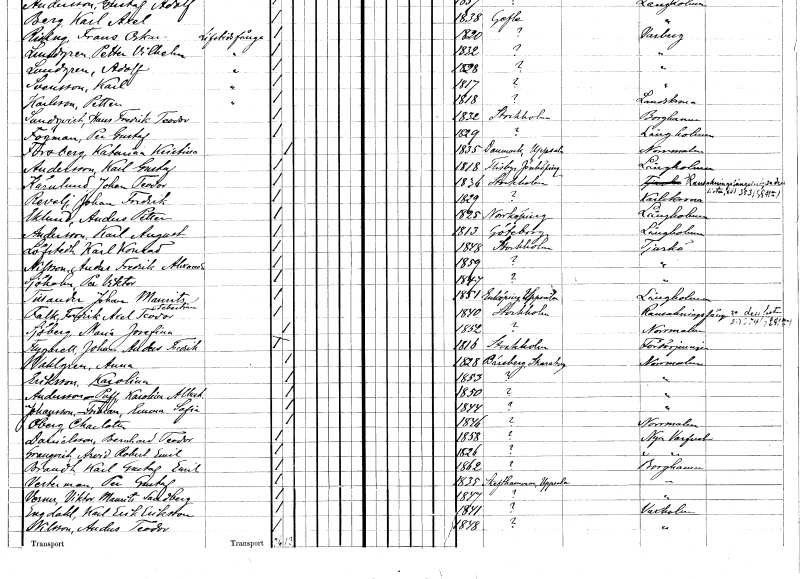
gt_parse: households: individuals: FN: Katarina Kristina
EN: Forsberg
KON: K
CIV: O
FODAR: 1835
FODFORS: Danmark Uppsala län
FN: Karl Gustaf
EN: Andersson
KON: M
CIV: O
FODAR: 1818
FODFORS: Flisby Jönköpings län
FN: Johan Teodor
EN: Kärnlund
KON: M
CIV: O
FODAR: 1836
FODFORS: Stockholm
FN: Johan Fredrik
EN: Revelj
KON: M
CIV: O
FODAR: 1829
FN: Anders Petter
EN: Eklund
KON: M
CIV: O
FODAR: 1825
FODFORS: Norrköping Östergötlands län
FN: Karl August
EN: Andersson
KON: M
CIV: O
FODAR: 1813
FODFORS: Göteborg Göteborgs- och Bohuslän
FN: Karl Konrad
EN: Löfstedt
KON: M
CIV: O
FODAR: 1848
FODFORS: Stockholm
FN: Anders Fredrik Alexander
EN: Nilsson
KON: M
CIV: O
FODAR: 1859
FN: Per Viktor
EN: Sjöholm
KON: M
CIV: O
FODAR: 1847
FN: Johan Maurits Sebastian
EN: Tillander
KON: M
CIV: O
FODAR: 1851
FODFORS: Enköping Uppsala län
FN: Fredrik Axel Teodor
EN: Falk
KON: M
CIV: O
FODAR: 1840
FODFORS: Stockholm
FN: Maria Josefina
EN: Sjöberg
KON: K
CIV: O
FODAR: 1852
FN: Johan Anders Fredrik
EN: Flygarell
KON: M
CIV: O
FODAR: 1816
FODFORS: Stockholm
FN: Anna
EN: Vahlgren
KON: K
CIV: O
FODAR: 1828
FODFORS: Bäreberg Skaraborgs län
FN: Karolina
EN: Eriksson
KON: K
CIV: O
FODAR: 1853
FN: Karolina Albertina
EN: Andersson Puff
KON: K
CIV: O
FODAR: 1850
FN: Teresia Emma Sofia
EN: Johansson
KON: K
CIV: O
FODAR: 1844
FN: Charlotta
EN: Öberg
KON: K
CIV: O
FODAR: 1846
FN: Bernhard Teodor
EN: Danielsson
KON: M
CIV: O
FODAR: 1858
FN: Arvid Robert Emil
EN: Granqvist
KON: M
CIV: O
FODAR: 1826
FN: Karl Gustaf Emil
EN: Brandt
KON: M
CIV: O
FODAR: 1862
FN: Per Gustaf
EN: Vesterman
KON: M
CIV: O
FODAR: 1835
FODFORS: Skäfthammar Uppsala län
FN: Viktor Maurits
EN: Verner Sandberg
KON: M
CIV: O
FODAR: 1847
FN: Karl Erik
EN: Engdahl Eriksson
KON: M
CIV: O
FODAR: 1841
FN: Anders Teodor
EN: Nilsson
KON: K
CIV: O
FODAR: 1848